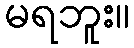
မရဘူး။